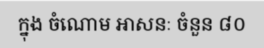
ក្នុង ចំណោម អាសនៈ ចំនួន ៨០